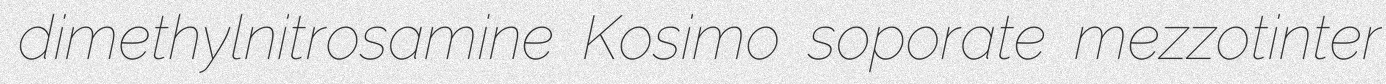
dimethylnitrosamine Kosimo soporate mezzotinter